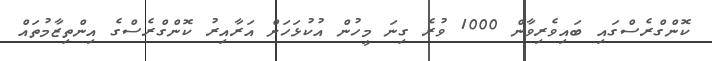
ކޮންގްރެސްގައި ބައިވެރިވާން 1000 ވުރެ ގިނަ މީހުން އުކުޅަހަށް އަރާއިރު ކޮންގްރެސްގެ އިންތިޒާމުތައް